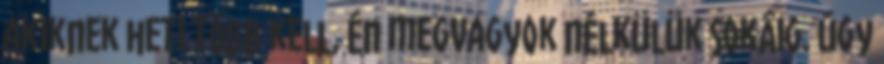
akiknek heti több kell, én megvagyok nélkülük sokáig. Úgy